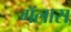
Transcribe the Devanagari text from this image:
गॅलास